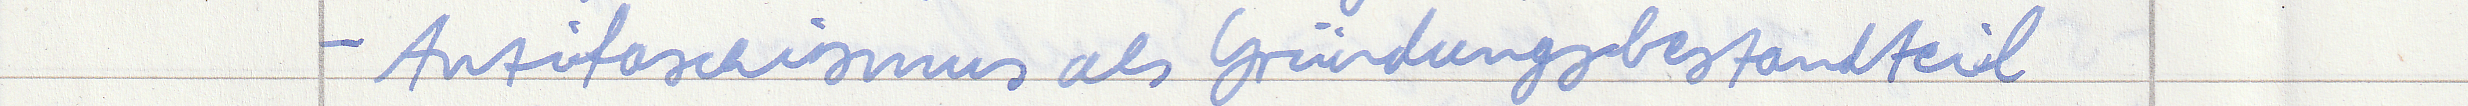
- Antifaschismus als Gründungsbestandteil